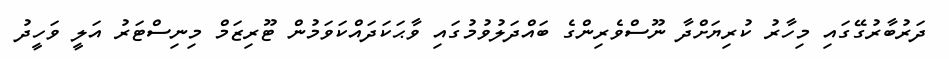
ދަރުބާރުގޭގައި މިހާރު ކުރިޔަށްދާ ނޫސްވެރިންގެ ބައްދަލުވުމުގައި ވާޙަކަދައްކަވަމުން ޓޫރިޒަމް މިނިސްޓަރު އަލީ ވަހީދު